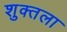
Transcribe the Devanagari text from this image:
शुक्तला